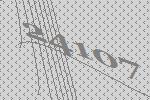
24107